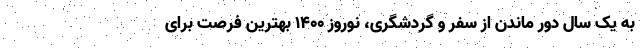
به یک سال دور ماندن از سفر و گردشگری، نوروز 1400 بهترین فرصت برای